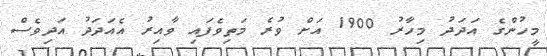
މީހުންގެ އަދަދު މިހާރު 1900 އަށް ވުރެ މަތިވެފައި ވާއިރު އެއަދަދު އަދިވެސް